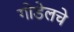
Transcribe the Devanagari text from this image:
गोडेलचे